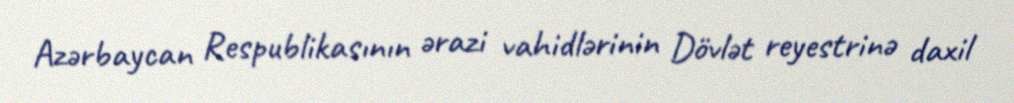
Azərbaycan Respublikasının ərazi vahidlərinin Dövlət reyestrinə daxil